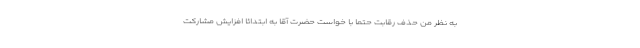
به نظر من حذف رقابت حتما با خواست حضرت آقا به ابتدائا افزایش مشارکت